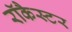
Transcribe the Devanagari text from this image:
रॉकैस्टर